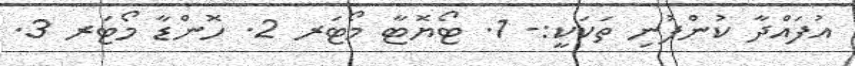
އުފައްދާ ކުންފުނި ތަކަކީ:- 1. ޓޯޔޮޓާ މޯޓަރ 2. ހޮންޑާ މޯޓަރ 3.